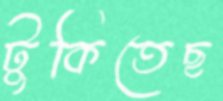
টুকিতেছ